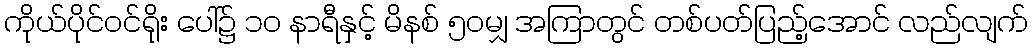
ကိုယ်ပိုင်ဝင်ရိုး ပေါ်၌ ၁၀ နာရီနှင့် မိနစ် ၅၀မျှ အကြာတွင် တစ်ပတ်ပြည့်အောင် လည်လျက်